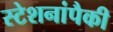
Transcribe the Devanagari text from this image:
स्टेशनांपैकी